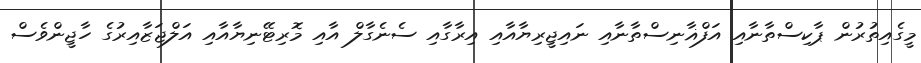
މީގެއިތުރުން ޕާކިސްތާނާއި އަފްޣާނިސްތާނާއި ނައިޖީރިޔާއާއި އިރާގާއި ސެނެގާލް އާއި މޮރިޓޭނިޔާއާއި އަލްޖަޒާއިރުގެ ހާޖީންވެސް